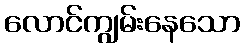
လောင်ကျွမ်းနေသော